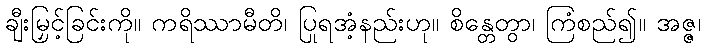
ချီးမြှင့်ခြင်းကို။ ကရိဿာမီတိ၊ ပြုရအံ့နည်းဟု။ စိန္တေတွာ၊ ကြံစည်၍။ အဇ္ဇ၊